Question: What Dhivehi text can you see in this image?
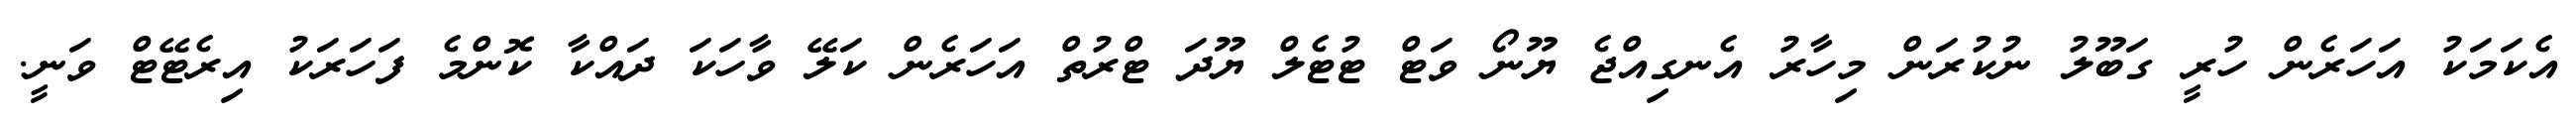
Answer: އެކަމަކު އަހަރެން ހުރީ ގަބޫލު ނުކުރަން މިހާރު އެނގިއްޖެ ޔޫނޯ ވަޓް ޓުޓެލް ޔޫދަ ޓްރުތް އަހަރެން ކަލޭ ވާހަކަ ދައްކާ ކޮންމެ ފަހަރަކު އިރެޓޭޓް ވަނީ.